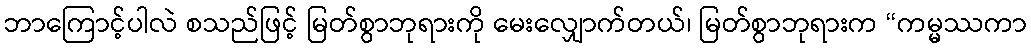
ဘာကြောင့်ပါလဲ စသည်ဖြင့် မြတ်စွာဘုရားကို မေးလျှောက်တယ်၊ မြတ်စွာဘုရားက “ကမ္မဿကာ